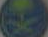
بيع